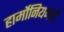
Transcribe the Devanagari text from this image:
हार्मोनियमही